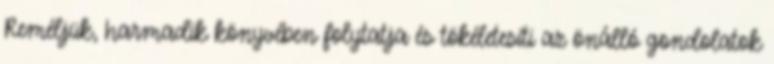
Reméljük, harmadik könyvében folytatja és tökéletesíti az önálló gondolatok